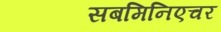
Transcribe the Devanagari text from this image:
सबमिनिएचर